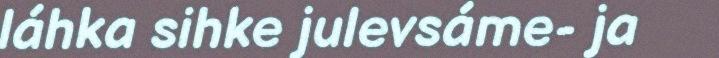
láhka sihke julevsáme- ja